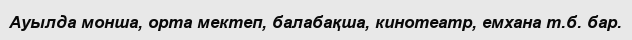
Ауылда монша, орта мектеп, балабақша, кинотеатр, емхана т.б. бар.